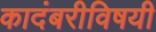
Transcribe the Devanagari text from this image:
कादंबरीविषयी